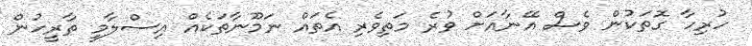
ހުރިހާ ގޮތަކުން ވެސް އޭނާއަށް ވުރެ މަތިވެރި އެތައް ނަމޫނާތަކެއް އިސްލާމީ ތާރީހުން